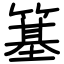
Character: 簊